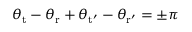
\theta _ { \mathrm { t } } - \theta _ { \mathrm { r } } + \theta _ { \mathrm { t ' } } - \theta _ { \mathrm { r ' } } = \pm \pi